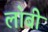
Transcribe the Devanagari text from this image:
ला॓बी